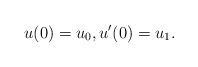
LaTeX: \begin{align*}u(0)=u_{0},u'(0)=u_{1}.\end{align*}